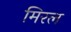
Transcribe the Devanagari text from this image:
मिरल